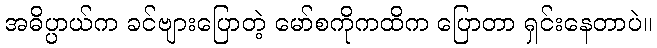
အဓိပ္ပာယ်က ခင်ဗျားပြောတဲ့ မော်စကိုကထိက ပြောတာ ရှင်းနေတာပဲ။